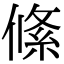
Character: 絛